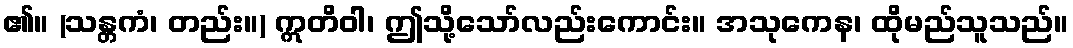
၏။ (သန္တကံ၊ တည်း။) ဣတိဝါ၊ ဤသို့သော်လည်းကောင်း။ အသုကေန၊ ထိုမည်သူသည်။